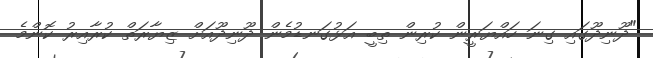
"ދޫނިދޫގައި ގިނަ ހައްޔަރީން ކުރިން ތިބީ އަޅުގަނޑުމެން ދޫނިދޫއަށް ޒިޔާރަތް ކުރާއިރު ކޮންމެ